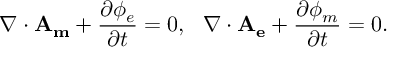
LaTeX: \nabla \cdot \mathbf { A _ { m } } + \frac { \partial \phi _ { e } } { \partial t } = 0 , ~ ~ \nabla \cdot \mathbf { A _ { e } } + \frac { \partial \phi _ { m } } { \partial t } = 0 .